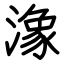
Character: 潒